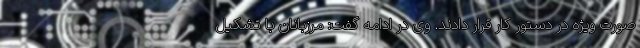
صورت ویژه در دستور کار قرار دادند. وی در ادامه گفت: مرزبانان با تشکیل